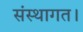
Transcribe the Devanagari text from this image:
संस्थागत।